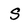
Character: S